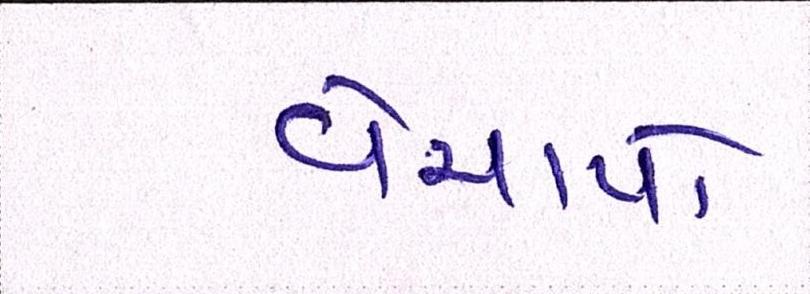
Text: વેચાયો